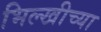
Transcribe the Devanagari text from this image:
भिल्खीच्या